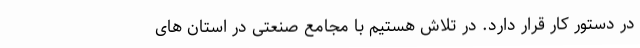
در دستور کار قرار دارد. در تلاش هستیم با مجامع صنعتی در استان های